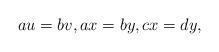
LaTeX: \begin{align*}au=bv, ax=by, cx=dy,\end{align*}